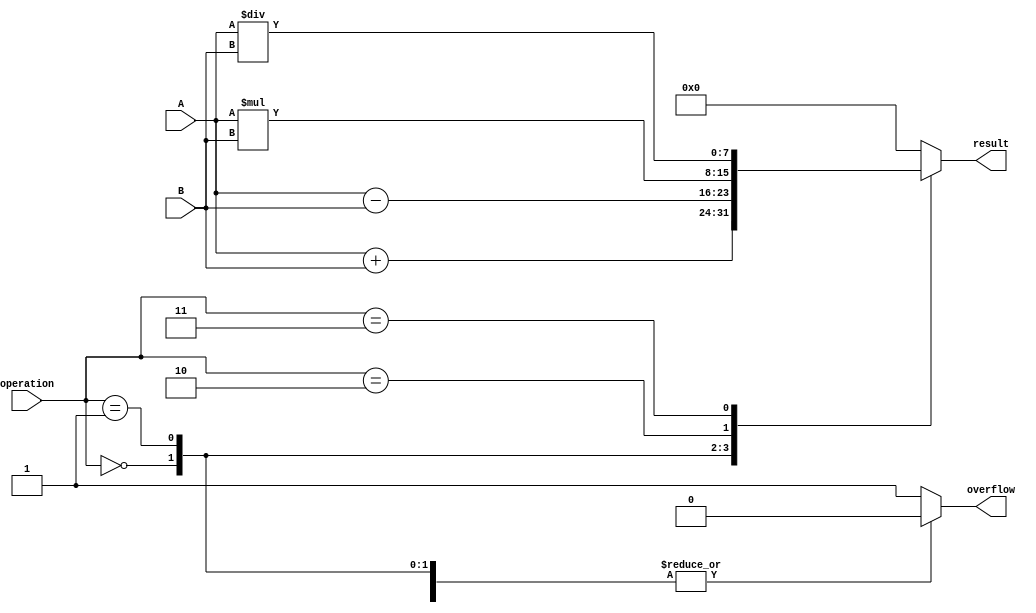
module ALU (
  input [7:0] A,
  input [7:0] B,
  input [2:0] operation,
  output reg [7:0] result,
  output reg overflow
);

always @(*)
begin
  overflow = 0;
  case(operation)
    3'b000: result = A + B; // Addition
    3'b001: result = A - B; // Subtraction
    3'b010: result = A * B; // Multiplication
    3'b011: result = A / B; // Division
    default: begin 
               result = 8'b0;
               overflow = 1; // Invalid operation
             end
  endcase
end

endmodule